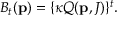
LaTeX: B _ { t } ( { \bf p } ) = \{ \kappa Q ( { \bf p } , J ) \} ^ { t } .